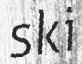
ski